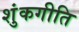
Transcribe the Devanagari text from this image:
शुंकगीति